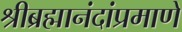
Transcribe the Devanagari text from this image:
श्रीब्रह्मानंदांप्रमाणे